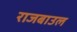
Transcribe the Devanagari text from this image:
राजबाउल